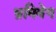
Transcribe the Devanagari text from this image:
भ्रमिवेग